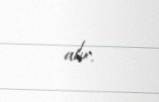
alır.